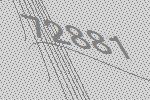
72881